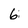
Character: 6